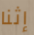
إثنا